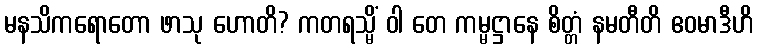
မနသိကရောတော ဖာသု ဟောတိ? ကတရသ္မိံ ဝါ တေ ကမ္မဋ္ဌာနေ စိတ္တံ နမတီတိ ဧဝမာဒီဟိ